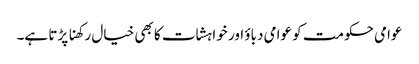
عوامی حکومت کو عوامی دباؤ اور خواہشات کا بھی خیال رکھنا پڑتا ہے۔